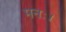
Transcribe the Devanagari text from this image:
मनः।